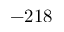
- 2 1 8